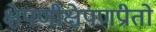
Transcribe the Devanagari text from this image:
क्षेपणीक्षेपणप्रीतो